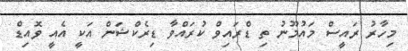
މިހާރު ރައީސް މައުމޫނު ތި ޑްރައިވް ކުރައްވާ ޑިރެކްޝަން އަކީ އެއީ ވޮއިޑް